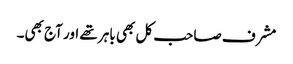
مشرف صاحب کل بھی باہر تھے اور آج بھی۔